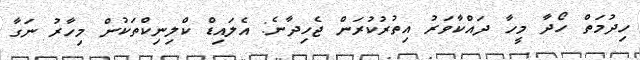
ހިދުމަތް ހޯދާ މީހާ ދައްކާވަރު އިތުރުކުރަން ޖެހިދާނެ: އެލައިޑް ކްލިނިކްތަކުން މިހާރު ނަގާ